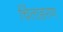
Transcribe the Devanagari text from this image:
चिंताहरण